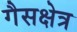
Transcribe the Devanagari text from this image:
गैसक्षेत्र